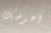
أعوضك